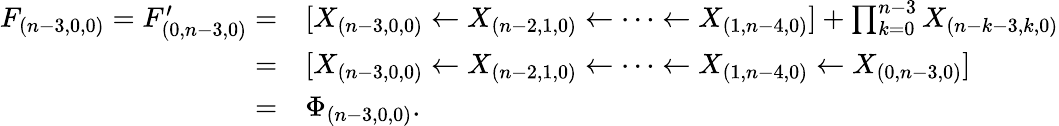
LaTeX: \begin{array}{rl}{F_{(n-3,0,0)}=F_{(0,n-3,0)}^{\prime}=}&{[X_{(n-3,0,0)}\leftarrow X_{(n-2,1,0)}\leftarrow\cdots\leftarrow X_{(1,n-4,0)}]+\prod_{k=0}^{n-3}X_{(n-k-3,k,0)}}\\ {=}&{[X_{(n-3,0,0)}\leftarrow X_{(n-2,1,0)}\leftarrow\cdots\leftarrow X_{(1,n-4,0)}\leftarrow X_{(0,n-3,0)}]}\\ {=}&{\Phi_{(n-3,0,0)}.}\end{array}